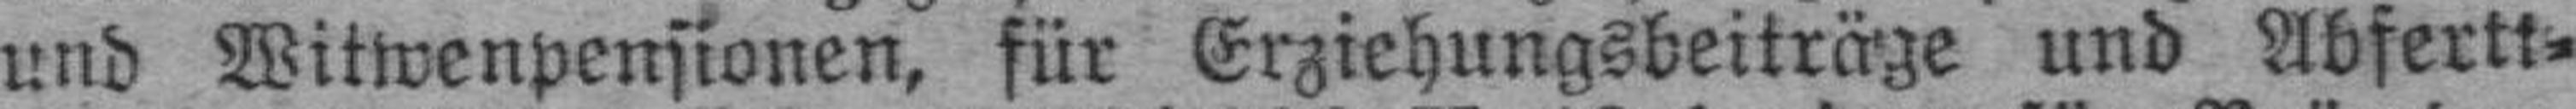
und Witwenpensionen, für Erziehungsbeiträge und Abferti¬